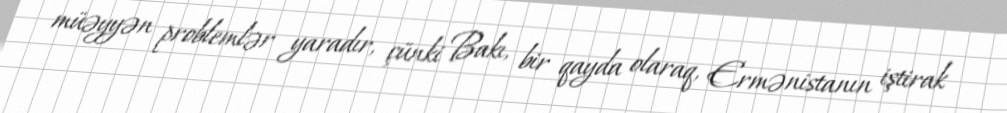
müəyyən problemlər yaradır, çünki Bakı, bir qayda olaraq, Ermənistanın iştirak